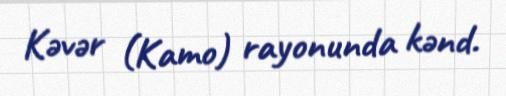
Kəvər (Kamo) rayonunda kənd.